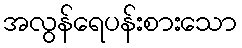
အလွန်ရေပန်းစားသော